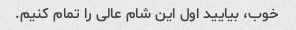
خوب، بیایید اول این شام عالی را تمام کنیم.